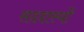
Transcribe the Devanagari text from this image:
सददास्यों